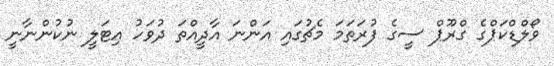
ވޯލްޑްކަޕްގެ ގްރޫޕް ސީގެ ފުރަތަމަ މެޗުގައި އަންނަ އާދީއްތަ ދުވަހު އިޓަލީ ނުކުންނާނީ